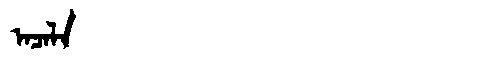
Manchu: ᠠᠴᠠᠯᠠ
Romanization: ACALA